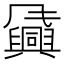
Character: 𬲈